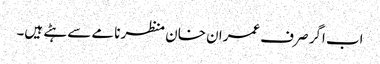
اب اگر صرف عمران خان منظر نامے سے ہٹے ہیں۔